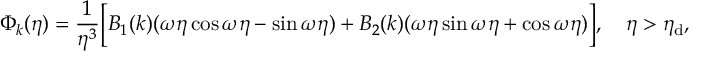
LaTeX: \Phi _ { k } ( \eta ) = \frac { 1 } { \eta ^ { 3 } } \biggl [ B _ { 1 } ( k ) ( \omega \eta \cos { \omega \eta } - \sin { \omega \eta } ) + B _ { 2 } ( k ) ( \omega \eta \sin { \omega \eta } + \cos { \omega \eta } ) \biggr ] , ~ ~ ~ \eta > \eta _ { \mathrm { d } } ,